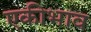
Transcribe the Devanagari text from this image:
एकीभाव